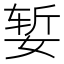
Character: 𰌆